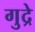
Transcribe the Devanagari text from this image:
गुद्रे